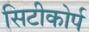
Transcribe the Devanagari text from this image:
सिटीकोर्प